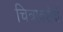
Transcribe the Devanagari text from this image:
चित्रावशेषों